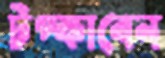
টপ্‌কাবেন